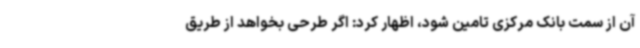
آن از سمت بانک مرکزی تامین شود، اظهار کرد: اگر طرحی بخواهد از طریق